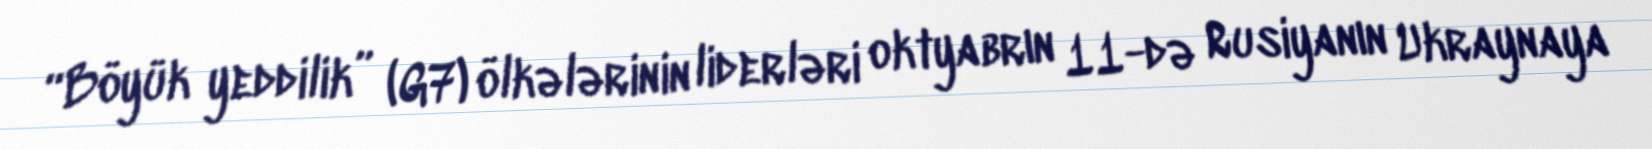
“Böyük yeddilik” (G7) ölkələrinin liderləri oktyabrın 11-də Rusiyanın Ukraynaya